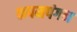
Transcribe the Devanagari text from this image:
कपमपंगन